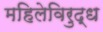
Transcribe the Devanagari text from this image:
महिलेविरुद्ध